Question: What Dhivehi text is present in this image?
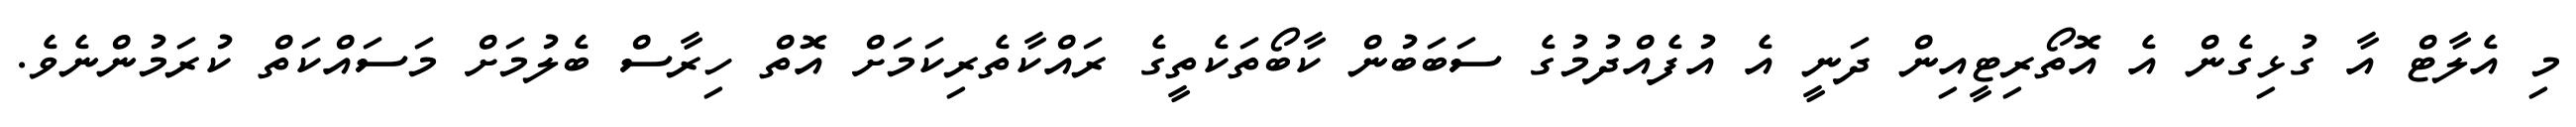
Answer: މި އެލާޓް އާ ގުޅިގެން އެ އޮތޯރިޓީއިން ދަނީ އެ އުފެއްދުމުގެ ސަބަބުން ކާބޯތަކެތީގެ ރައްކާތެރިކަމަށް އޮތް ހިރާސް ބެލުމަށް މަސައްކަތް ކުރަމުންނެވެ.